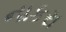
નાકરા